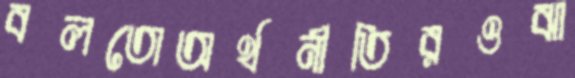
বলতোঅর্থনীতিরওঝা